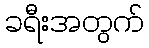
ခရီးအတွက်